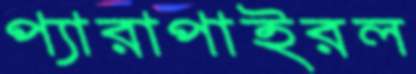
প্যারাপাইরল